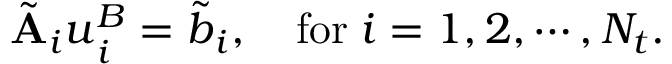
\tilde { \mathbf { A } } _ { i } \boldsymbol { u } _ { i } ^ { B } = \tilde { \boldsymbol { b } } _ { i } , \quad \mathrm { f o r } \; i = 1 , 2 , \cdots , N _ { t } .